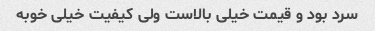
سرد بود و قیمت خیلی بالاست ولی کیفیت خیلی خوبه